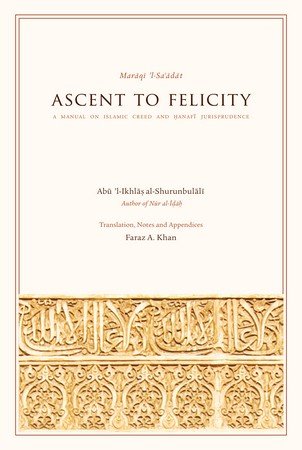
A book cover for Ascent to Felicity Maraqi 'l-Sa'adat: A Manual on Islamic Creed and Hanafi Jurisprudence; Abu 'l-Ikhlas al-Shurunbulali; Law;